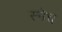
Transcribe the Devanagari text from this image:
स्नेच